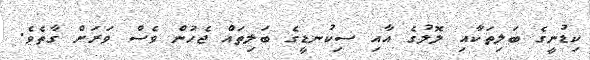
ކިޑުނީގެ ބަލިތަކާއި ލޮލުގެ އާއި ސިކުނޑީގެ ބަލިތައް ޖެހުން ވެސް ވަރަށް ގާތެވެ.